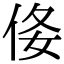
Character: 𠈍